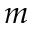
m